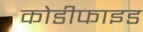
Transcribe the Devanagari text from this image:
कोडीफाइड